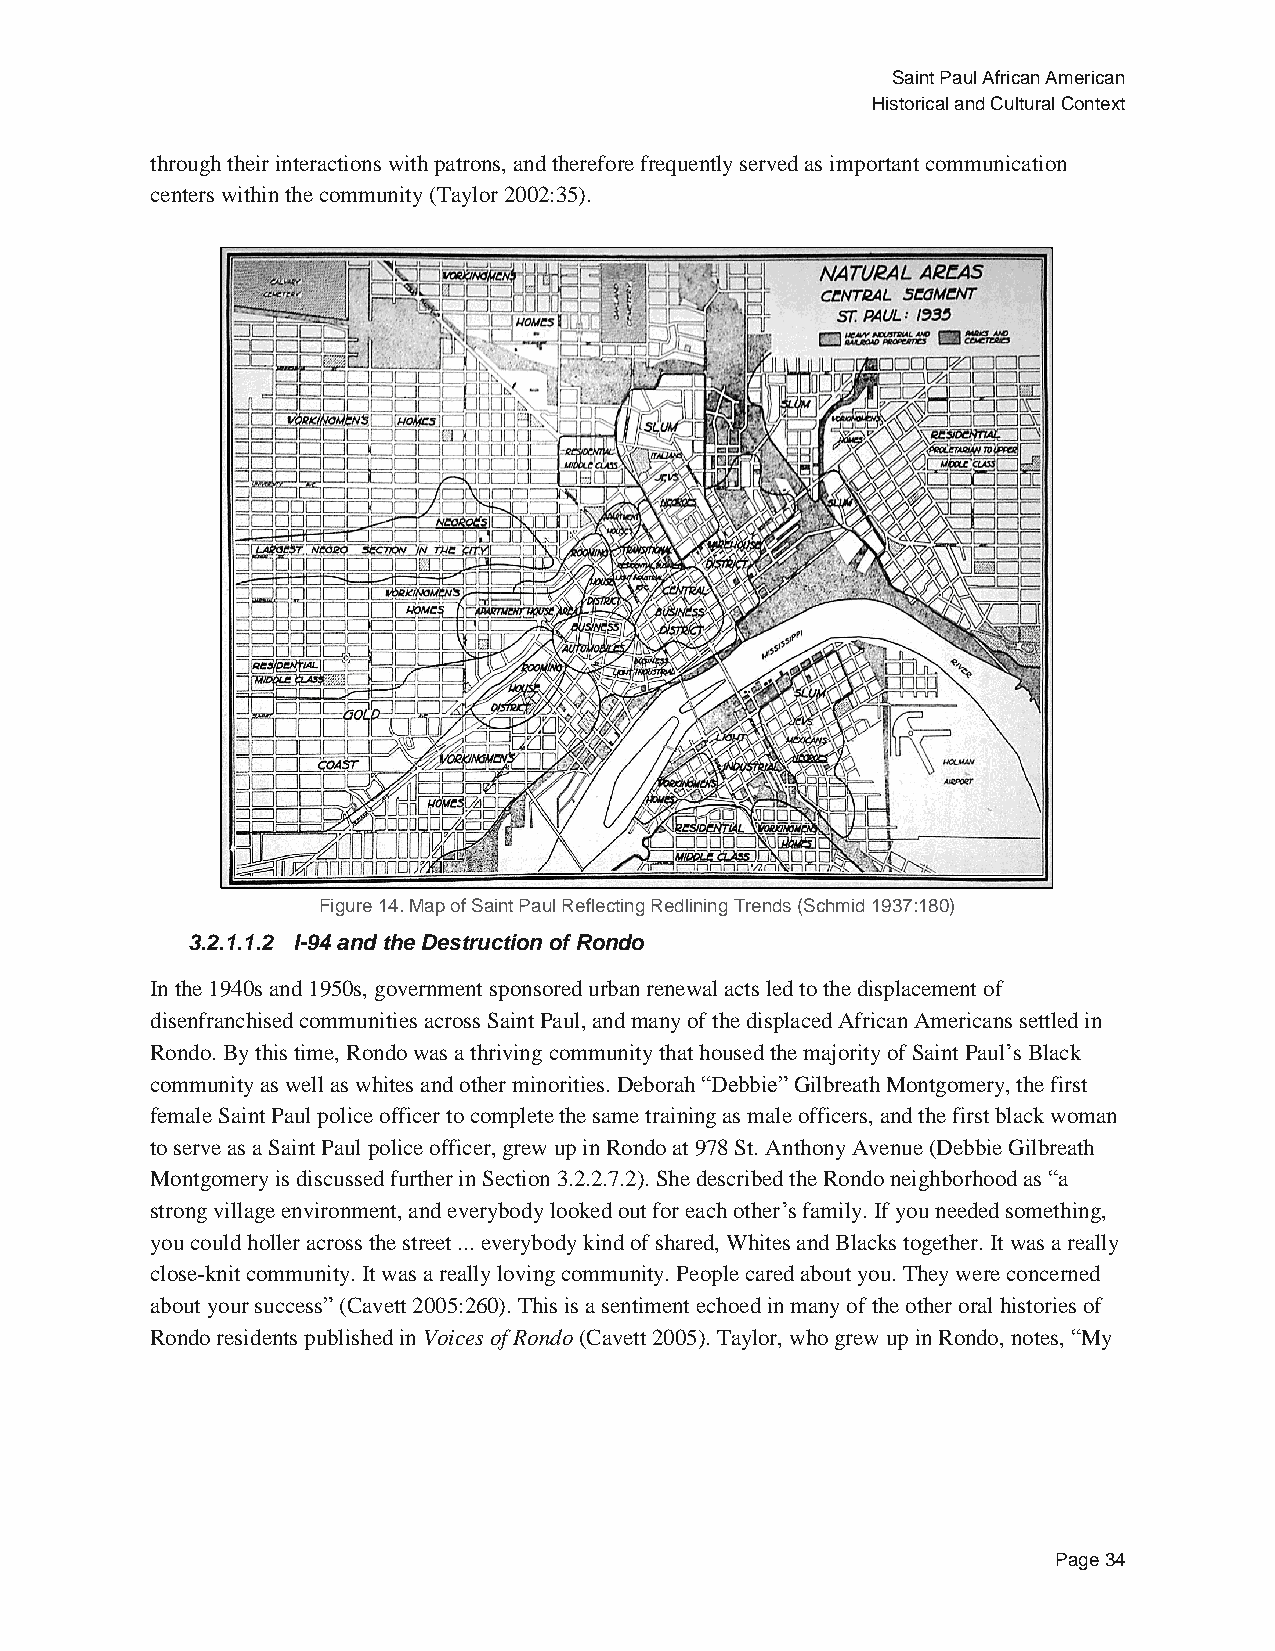
Saint Paul African American
 Historical and Cultural Context
 through their interactions with patrons, and therefore frequently served as important communication
 centers within the community (Taylor 2002:35).
 Figure 14. Map of Saint Paul Reflecting Redlining Trends (Schmid 1937:180)
 3.2.1.1.2 I-94 and the Destruction of Rondo
 In the 1940s and 1950s, government sponsored urban renewal acts led to the displacement of
 disenfranchised communities across Saint Paul, and many of the displaced African Americans settled in
 Rondo. By this time, Rondo was a thriving community that housed the majority of Saint Paul’s Black
 community as well as whites and other minorities. Deborah “Debbie” Gilbreath Montgomery, the first
 female Saint Paul police officer to complete the same training as male officers, and the first black woman
 to serve as a Saint Paul police officer, grew up in Rondo at 978 St. Anthony Avenue (Debbie Gilbreath
 Montgomery is discussed further in Section 3.2.2.7.2). She described the Rondo neighborhood as “a
 strong village environment, and everybody looked out for each other’s family. If you needed something,
 you could holler across the street ... everybody kind of shared, Whites and Blacks together. It was a really
 close-knit community. It was a really loving community. People cared about you. They were concerned
 about your success” (Cavett 2005:260). This is a sentiment echoed in many of the other oral histories of
 Rondo residents published in Voices of Rondo (Cavett 2005). Taylor, who grew up in Rondo, notes, “My
 Page 34